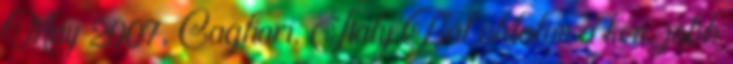
May 2007, Cagliari, Italy Bal oldalon a kén, jobb